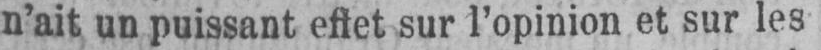
n’ait un puissant effet sur l’opinion et sur les